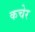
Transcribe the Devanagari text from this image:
कचेर